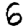
Digit: 6